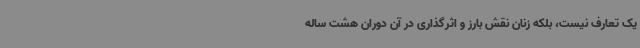
یک تعارف نیست، بلکه زنان نقش بارز و اثرگذاری در آن دوران هشت ساله